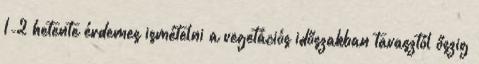
1-2 hetente érdemes ismételni a vegetációs időszakban tavasztól őszig